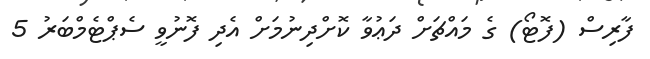
ފާރިސް (ފޮޓޯ) ގެ މައްޗަށް ދަޢުވާ ކޮށްދިނުމަށް އެދި ފޮނުވީ ސެޕްޓެމްބަރު 5